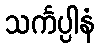
သင်္ကပ္ပါနံ